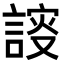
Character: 𧩮